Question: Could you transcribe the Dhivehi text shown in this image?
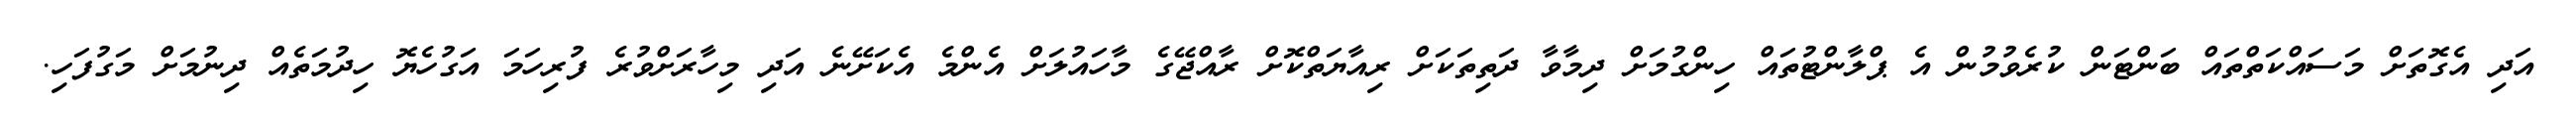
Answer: އަދި އެގޮތަށް މަސައްކަތްތައް ބަންޓަން ކުރެވުމުން އެ ޕްލާންޓުތައް ހިންގުމަށް ދިމާވާ ދަތިތަކަށް ރިއާޔަތްކޮށް ރާއްޖޭގެ މާހައުލަށް އެންމެ އެކަށޭނެ އަދި މިހާރަށްވުރެ ފުރިހަމަ އަގުހެޔޮ ހިދުމަތެއް ދިނުމަށް މަގުފަހި.